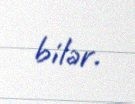
bilər.